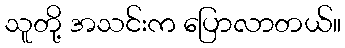
သူတို့ အသင်းက ပြောလာတယ်။